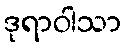
ဒုရာဝါသာ